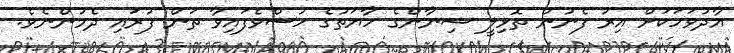
އާދުވަހަކަށް އިރު ފެނުން ތޮޅިލީ ޝިނާންގެ ހާޔަތުގެ ހުސްވެފައިވާ ތަން ފުރައި ދެމުންނެވެ.